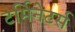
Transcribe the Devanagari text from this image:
टर्मिनेटर्स